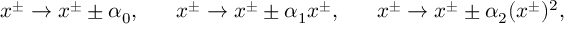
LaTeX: x ^ { \pm } \rightarrow x ^ { \pm } \pm \alpha _ { 0 } , ~ ~ ~ ~ ~ x ^ { \pm } \rightarrow x ^ { \pm } \pm \alpha _ { 1 } x ^ { \pm } , ~ ~ ~ ~ ~ x ^ { \pm } \rightarrow x ^ { \pm } \pm \alpha _ { 2 } ( x ^ { \pm } ) ^ { 2 } ,